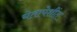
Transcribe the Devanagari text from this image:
चेतापेशींत